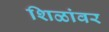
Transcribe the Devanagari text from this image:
शिळांवर